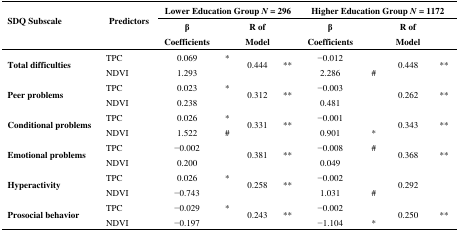
<table><thead><tr><td rowspan="2"><b>SDQ Subscale</b></td><td rowspan="2"><b>Predictors</b></td><td colspan="4"><b>Lower Education Group<i>N</i> = 296</b></td><td colspan="4"><b>Higher Education Group<i>N</i> = 1172</b></td></tr><tr><td><b>βCoefficients</b></td><td></td><td><b>R of Model</b></td><td></td><td><b>βCoefficients</b></td><td></td><td><b>R of Model</b></td><td></td></tr></thead><tbody><tr><td rowspan="2"><b>Total difficulties</b></td><td>TPC</td><td>0.069</td><td>*</td><td rowspan="2">0.444</td><td rowspan="2">**</td><td>−0.012</td><td></td><td rowspan="2">0.448</td><td rowspan="2">**</td></tr><tr><td>NDVI</td><td>1.293</td><td></td><td>2.286</td><td>#</td></tr><tr><td rowspan="2"><b>Peer problems</b></td><td>TPC</td><td>0.023</td><td>*</td><td rowspan="2">0.312</td><td rowspan="2">**</td><td>−0.003</td><td></td><td rowspan="2">0.262</td><td rowspan="2">**</td></tr><tr><td>NDVI</td><td>0.238</td><td></td><td>0.481</td><td></td></tr><tr><td rowspan="2"><b>Conditional problems</b></td><td>TPC</td><td>0.026</td><td>*</td><td rowspan="2">0.331</td><td rowspan="2">**</td><td>−0.001</td><td></td><td rowspan="2">0.343</td><td rowspan="2">**</td></tr><tr><td>NDVI</td><td>1.522</td><td>#</td><td>0.901</td><td>*</td></tr><tr><td rowspan="2"><b>Emotional problems</b></td><td>TPC</td><td>−0.002</td><td></td><td rowspan="2">0.381</td><td rowspan="2">**</td><td>−0.008</td><td>#</td><td rowspan="2">0.368</td><td rowspan="2">**</td></tr><tr><td>NDVI</td><td>0.200</td><td></td><td>0.049</td><td></td></tr><tr><td rowspan="2"><b>Hyperactivity</b></td><td>TPC</td><td>0.026</td><td>*</td><td rowspan="2">0.258</td><td rowspan="2">**</td><td>−0.002</td><td></td><td rowspan="2">0.292</td><td rowspan="2"></td></tr><tr><td>NDVI</td><td>−0.743</td><td></td><td>1.031</td><td>#</td></tr><tr><td rowspan="2"><b>Prosocial behavior</b></td><td>TPC</td><td>−0.029</td><td>*</td><td rowspan="2">0.243</td><td rowspan="2">**</td><td>−0.002</td><td></td><td rowspan="2">0.250</td><td rowspan="2">**</td></tr><tr><td>NDVI</td><td>−0.197</td><td></td><td>−1.104</td><td>*</td></tr></tbody></table>